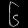
Digit: ၆